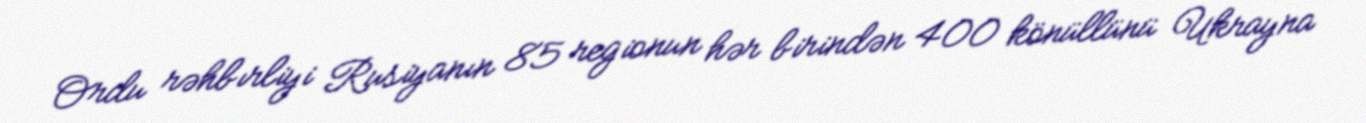
Ordu rəhbırliyi Rusiyanın 85 regionun hər birindən 400 könüllünü Ukrayna